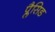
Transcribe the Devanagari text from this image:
प्लैसिड